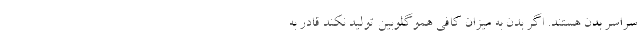
سراسر بدن هستند. اگر بدن به میزان کافی هموگلوبین تولید نکند قادر به